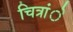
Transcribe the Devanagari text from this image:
चित्रांे